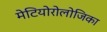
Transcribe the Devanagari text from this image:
मेटियोरोलोजिका